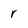
Character: r